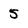
Character: 5